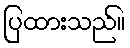
ပြထားသည်။